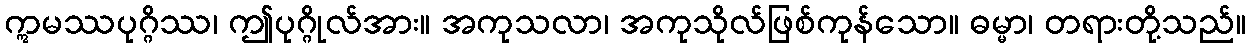
ဣမဿပုဂ္ဂိဿ၊ ဤပုဂ္ဂိုလ်အား။ အကုသလာ၊ အကုသိုလ်ဖြစ်ကုန်သော။ ဓမ္မာ၊ တရားတို့သည်။